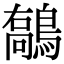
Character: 𪄘